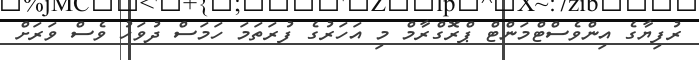
ރުފިޔާގެ އިންވެސްޓްމަންޓް ޕްރޮގްރާމް މި އަހަރުގެ ފުރަތަމަ ހަމަސް ދުވަހު ވެސް ވަރަށް